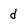
Character: d